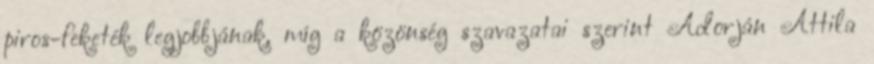
piros-feketék legjobbjának, míg a közönség szavazatai szerint Adorján Attila